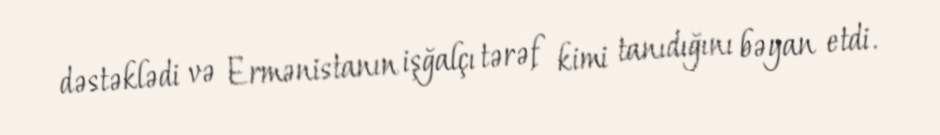
dəstəklədi və Ermənistanın işğalçı tərəf kimi tanıdığını bəyan etdi.